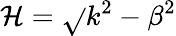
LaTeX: \mathcal{H}=\sqrt{}{{k^{2}-\beta^{2}}}